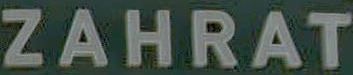
ZAHRAT